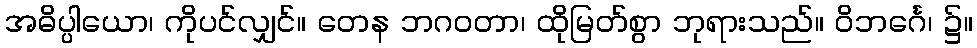
အဓိပ္ပါယော၊ ကိုပင်လျှင်။ တေန ဘဂဝတာ၊ ထိုမြတ်စွာ ဘုရားသည်။ ဝိဘင်္ဂေ၊ ၌။